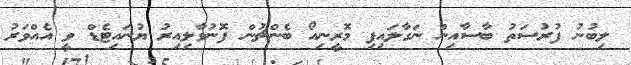
ލިބުނު ފުރުސަތު ބާސާއިން ނަގާލައިފި މޮރީނިއޯ ބެންޗުން ފޮނުވާލިއިރު ޔުނައިޓެޑް ވީ އެއްވަރު